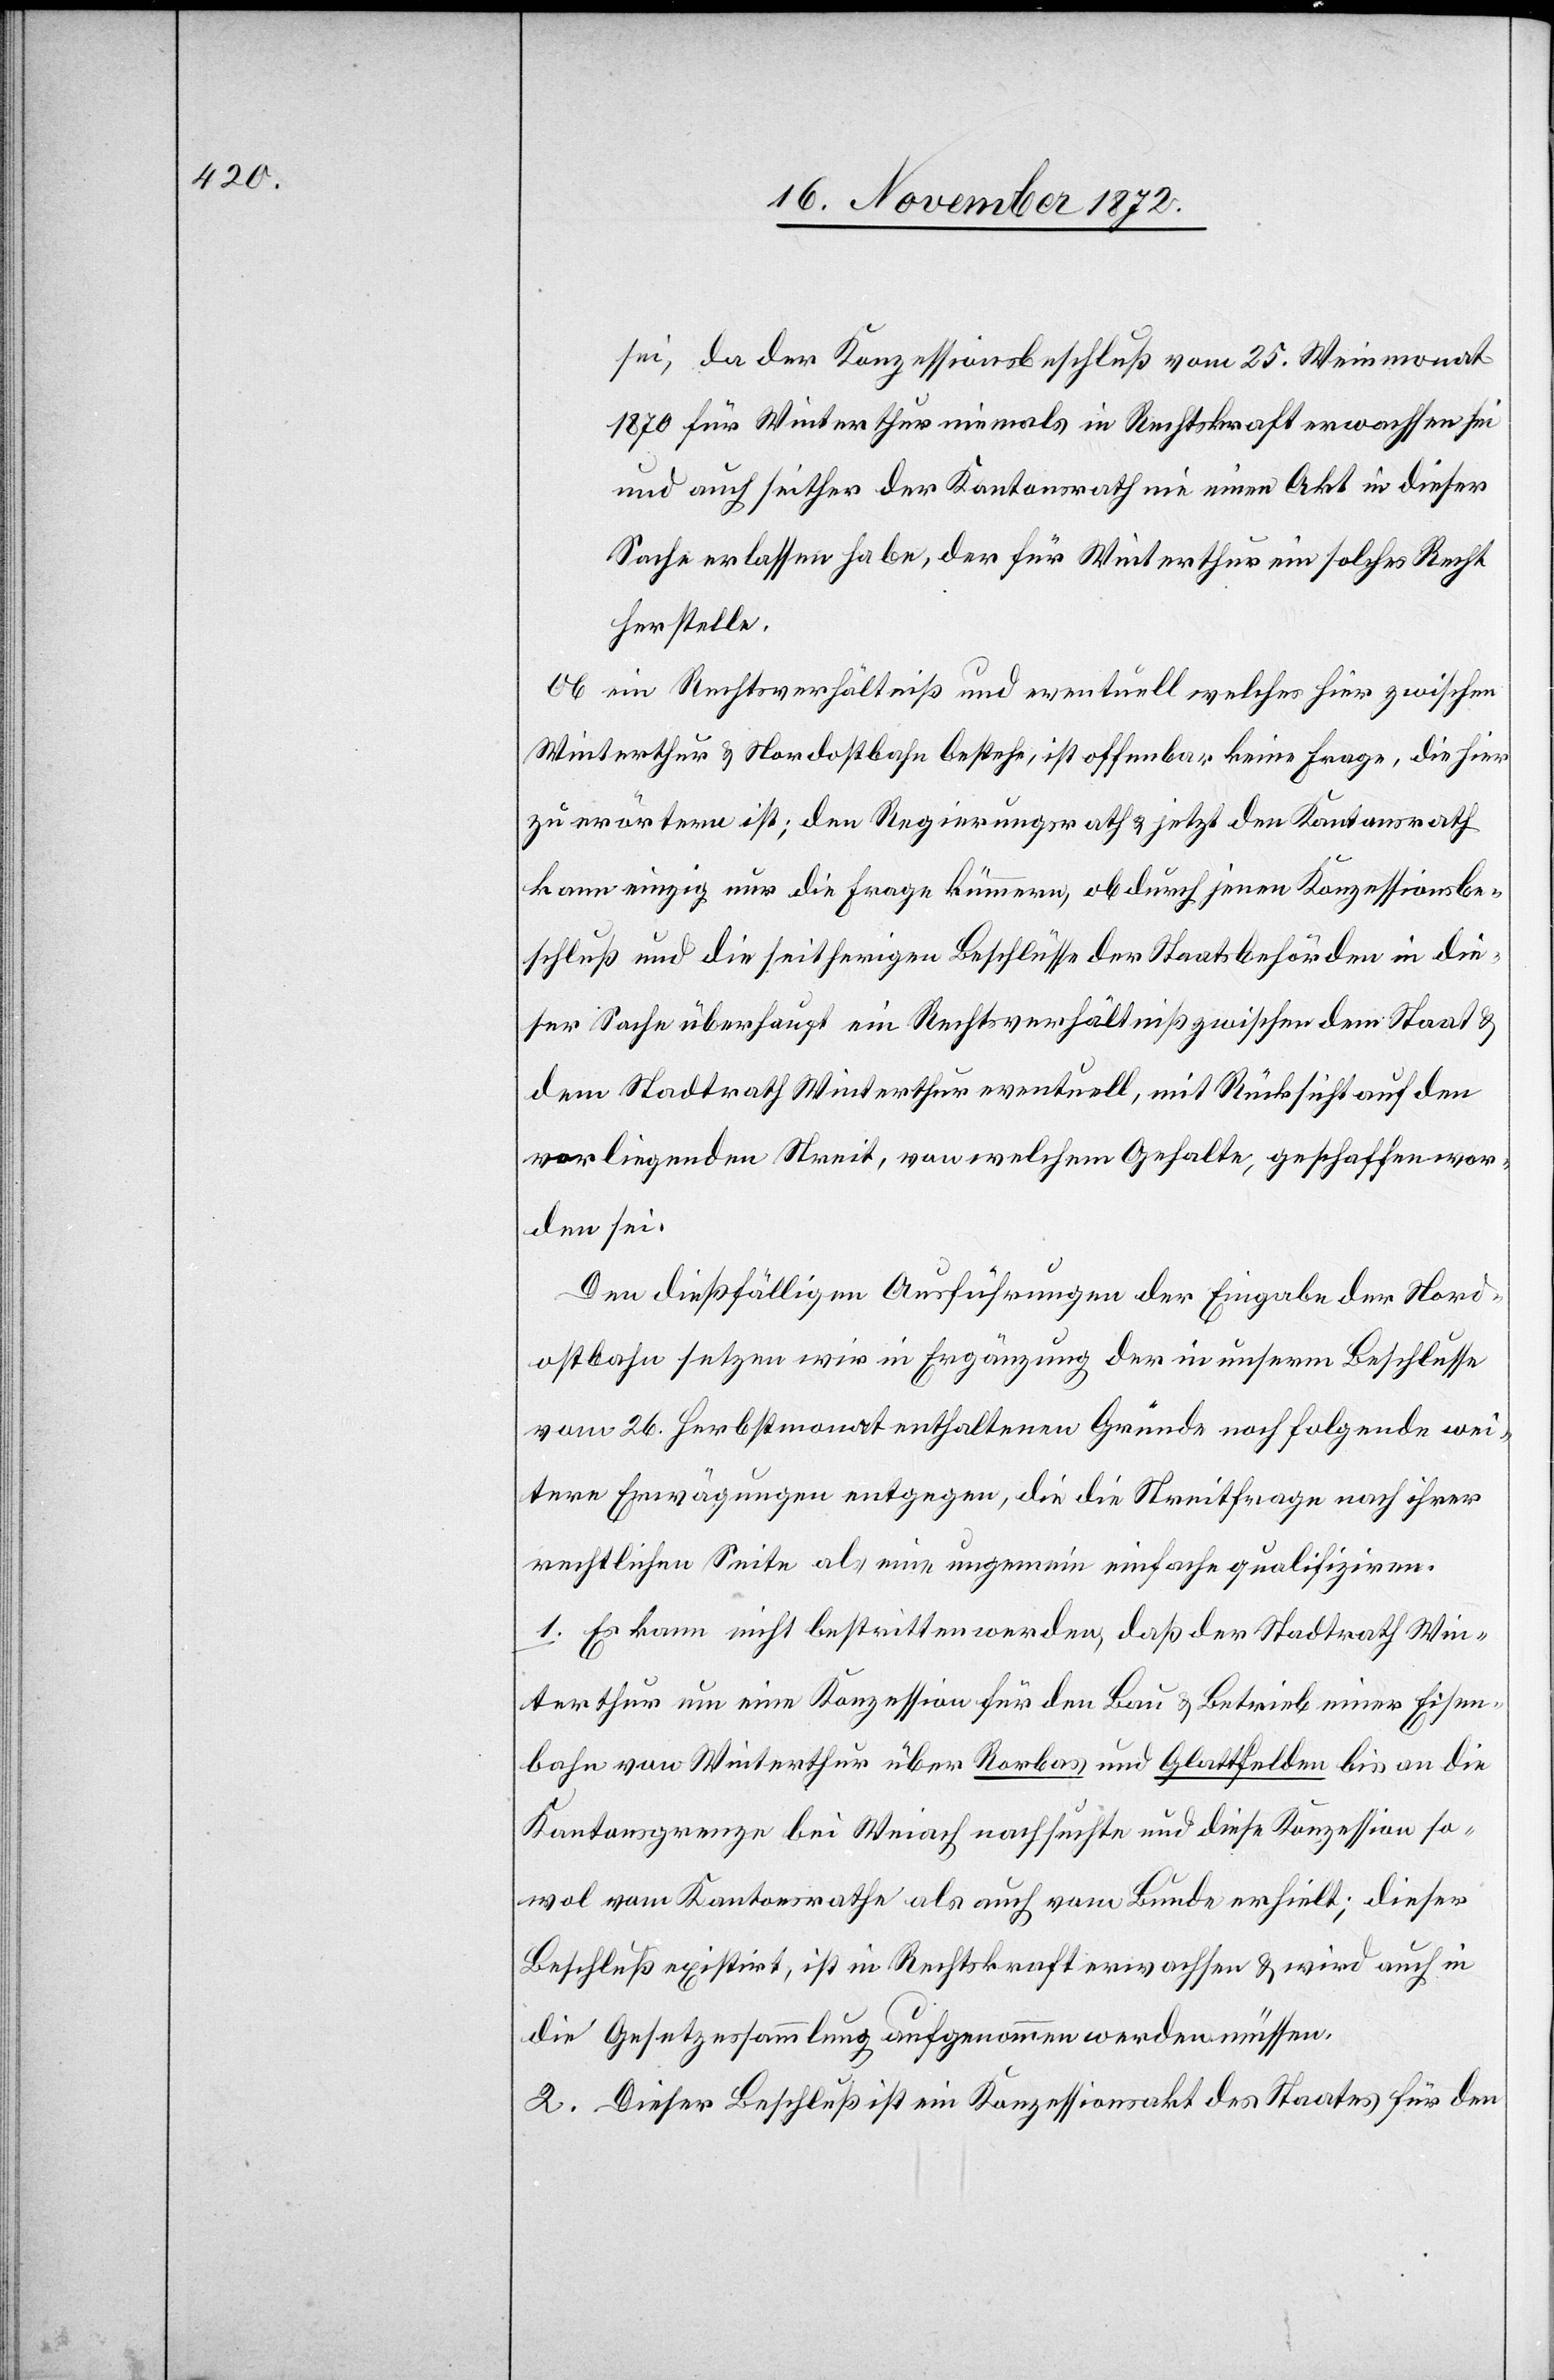
sei, da der Konzessionsbeschluß vom 25. Weinmonat
1870 für Winterthur niemals in Rechtskraft erwachsen sei
und auch seither der Kantonsrath nie einen Akt in dieser
Sache erlassen habe, der für Winterthur ein solches Recht
herstelle.
Ob ein Rechtsverhältniß und eventuell welches hier zwischen
Winterthur u. Nordostbahn bestehe [sic!], ist offenbar keine Frage, die hier
zu erörtern ist; den Regierungsrath u. jetzt den Kantonsrath
kann einzig nur die Frage kümmern, ob durch jenen Konzessionsbe¬
schluß und die seitherigen Beschlüsse der Staatsbehörden in die¬
ser Sache überhaupt ein Rechtsverhältniß zwischen dem Staat u.
dem Stadtrath Winterthur eventuell, mit Rücksicht auf den
vorliegenden Streit, von welchem Gehalte, geschaffen wor¬
den sei.
Den dießfälligen Ausführungen der Eingabe der Nord¬
ostbahn setzen wir in Erwägung der in unserm Beschlusse
vom 26. Herbstmonat enthaltenen Gründe noch folgende wei¬
tere Erwägungen entgegen, die in Streitfrage nach ihrer
rechtlichen Seite als eine ungemein einfache qualifiziren.
1. Es kann nicht bestritten werden, daß der Stadtrath Win¬
terthur um eine Konzession für den Bau u. Betrieb einer Eisen¬
bahn von Winterthur über Rorbas und Glattfelden bis an die
Kantonsgrenze bei Weiach nachsuchte und diese Konzession so¬
wol vom Kantonsrathe als auch vom Bunde erhielt; dieser
Beschluß existirt, ist in Rechtskraft erwachsen u. wird auch in
die Gesetzessammlung aufgenommen werden müssen.
2. Dieser Beschluß ist ein Konzessionsakt des Staates für den